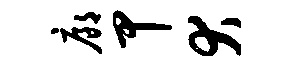
廊甲犬